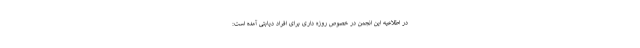
در اطلاعیه این انجمن در خصوص روزه داری برای افراد دیابتی آمده است: